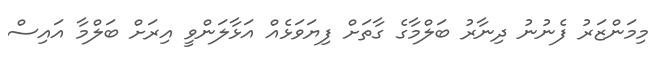
މިމަންޒަރު ފެނުނު ދިނާރު ބަލްމާގެ ގާތަށް ފިޔަވަޅެއް އަޅާލަންވީ އިރަށް ބަލްމާ އައިސް